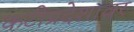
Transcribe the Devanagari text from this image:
कटीप्रदेशावर